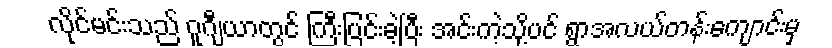
လိုင်မင်းသည် ဂူဂျီယာတွင် ကြီးပြင်းခဲ့ပြီး အင်းကဲ့သို့ပင် ရွာအလယ်တန်းကျောင်းမှ